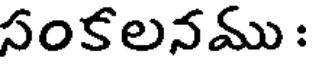
సంకలనము :